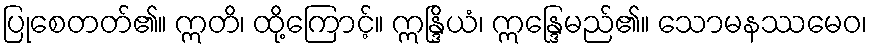
ပြုစေတတ်၏။ ဣတိ၊ ထို့ကြောင့်။ ဣန္ဒြိယံ၊ ဣန္ဒြေမည်၏။ သောမနဿမေဝ၊